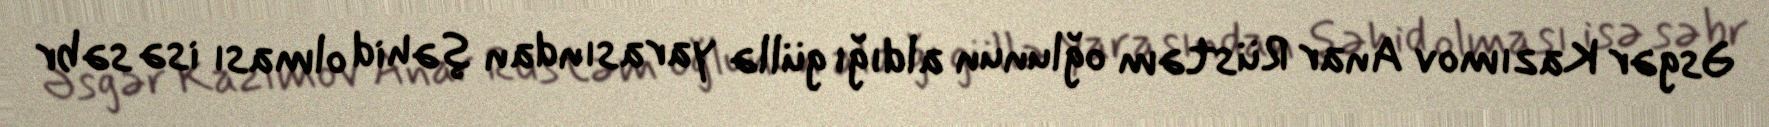
Əsgər Kazımov Anar Rüstəm oğlunun aldığı güllə yarasından şəhid olması isə səbr